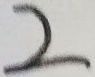
2